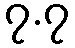
၇.၇